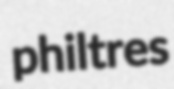
philtres